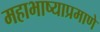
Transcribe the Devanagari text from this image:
महाभाष्याप्रमाणे